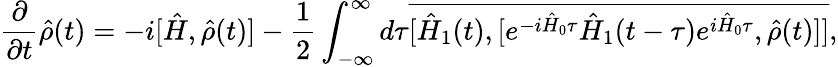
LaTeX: \frac{\partial}{\partial t}\hat{\rho}(t)=-i[\hat{H},\hat{\rho}(t)]-\frac{1}{2}\int_{-\infty}^{\infty}d\tau\overline{{[\hat{H}_{1}(t),[e^{-i\hat{H}_{0}\tau}\hat{H}_{1}(t-\tau)e^{i\hat{H}_{0}\tau},\hat{\rho}(t)]]}},